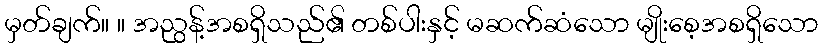
မှတ်ချက်။ ။ အညွန့်အစရှိသည်၏ တစ်ပါးနှင့် မဆက်ဆံသော မျိုးစေ့အစရှိသော